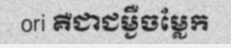
ori គឺជាជម្ងឺចម្លែក